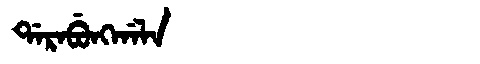
Manchu: ᡩᠠᡵᠠᠪᡠᠩᡤᠠᠯᠠ
Romanization: DARABUNGGALA